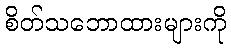
စိတ်သဘောထားများကို